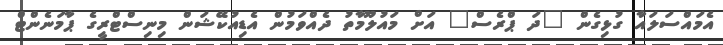
އެމައްސަލައާ ގުޅިގެން "ދަ ޕްރެސް" އަށް މައުލޫމާތު ދެއްވަމުން އެޑިއުކޭޝަން މިނިސްޓްރީގެ ޕާމަނެންޓް